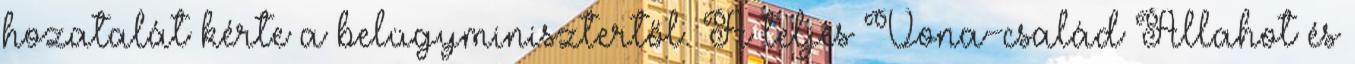
hozatalát kérte a belügyminisztertől. A teljes Vona-család Allahot és